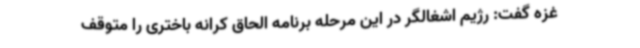
غزه گفت: رژیم اشغالگر در این مرحله برنامه الحاق کرانه باختری را متوقف